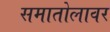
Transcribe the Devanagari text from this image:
समातोलावर